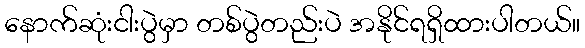
နောက်ဆုံးငါးပွဲမှာ တစ်ပွဲတည်းပဲ အနိုင်ရရှိထားပါတယ်။